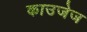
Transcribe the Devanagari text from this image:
काउजेज